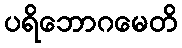
ပရိဘောဂမေတိ